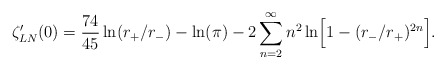
\begin{align*}\zeta_{LN}'(0)={74\over 45}\ln(r_{+}/r_{-})-\ln(\pi)-2\sum_{n=2}^{\infty}n^{2}\ln \Bigr[1-(r_{-}/r_{+})^{2n}\Bigr] .\end{align*}